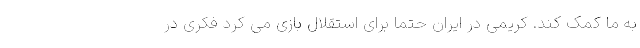
به ما کمک کند. کریمی در ایران حتما برای استقلال بازی می کرد فکری در